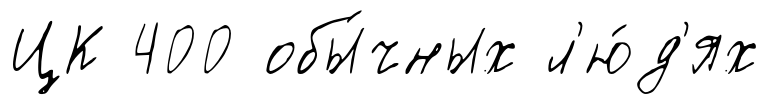
ЦК 400 обы́чных л'ю́д'ях